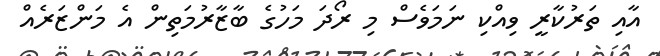
އާއި ތަރުކާރީ ވިއްކި ނަމަވެސް މި ރޯދަ މަހުގެ ބާޒާރުމަތިން އެ މަންޒަރެއް